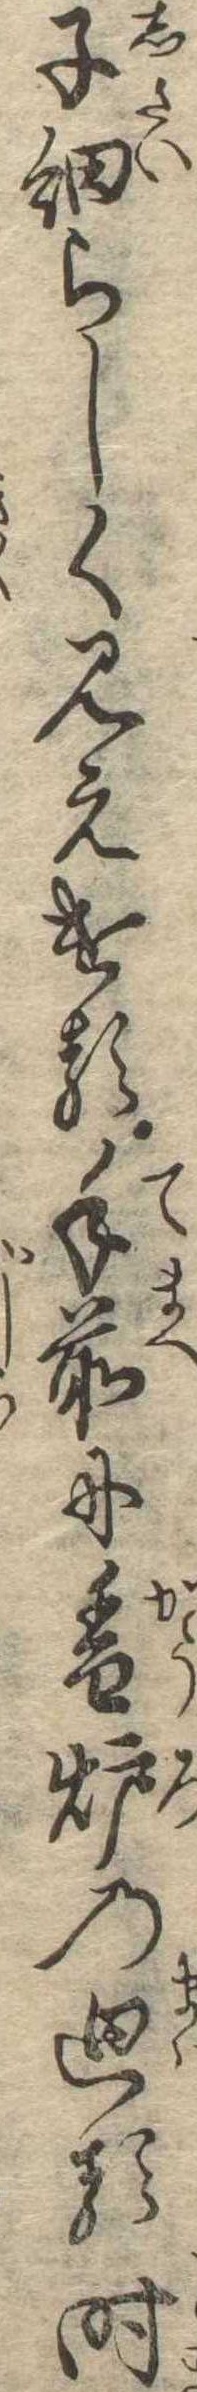
子細らしく見えける手前に香炉の廻る時